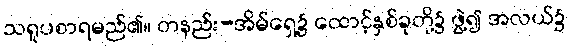
သရူပစာရမည်၏။ တနည်း-အိမ်ရှေ့၌ ထောင့်နှစ်ခုတို့၌ ဖွဲ့၍ အလယ်၌